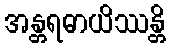
အန္တရဓာယိဿန္တိ